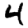
Digit: 4